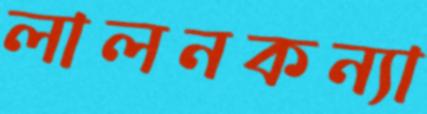
লালনকন্যা